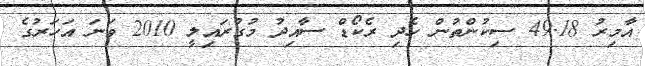
އާމިރު 49.18 ސިކުންތުން ހެދި ރެކޯޑް ސާއިދު މުގުރައިލީ 2010 ވަނަ އަހަރުގެ